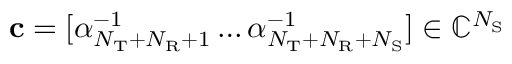
\mathbf { c } = [ \alpha _ { N _ { \mathrm { T } } + N _ { \mathrm { R } } + 1 } ^ { - 1 } \dots \alpha _ { N _ { \mathrm { T } } + N _ { \mathrm { R } } + N _ { \mathrm { S } } } ^ { - 1 } ] \in \mathbb { C } ^ { N _ { \mathrm { S } } }